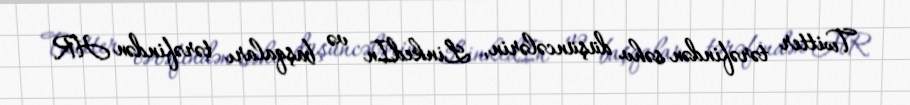
Twitter tərəfindən səhv düşüncələrin, LinkedIn və başqaları tərəfindən HR